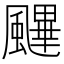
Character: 䬛